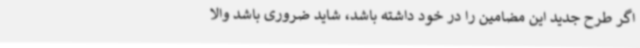
اگر طرح جدید این مضامین را در خود داشته باشد، شاید ضروری باشد والا